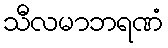
သီလမာဘရဏံ